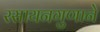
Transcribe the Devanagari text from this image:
रसायनगुणाने